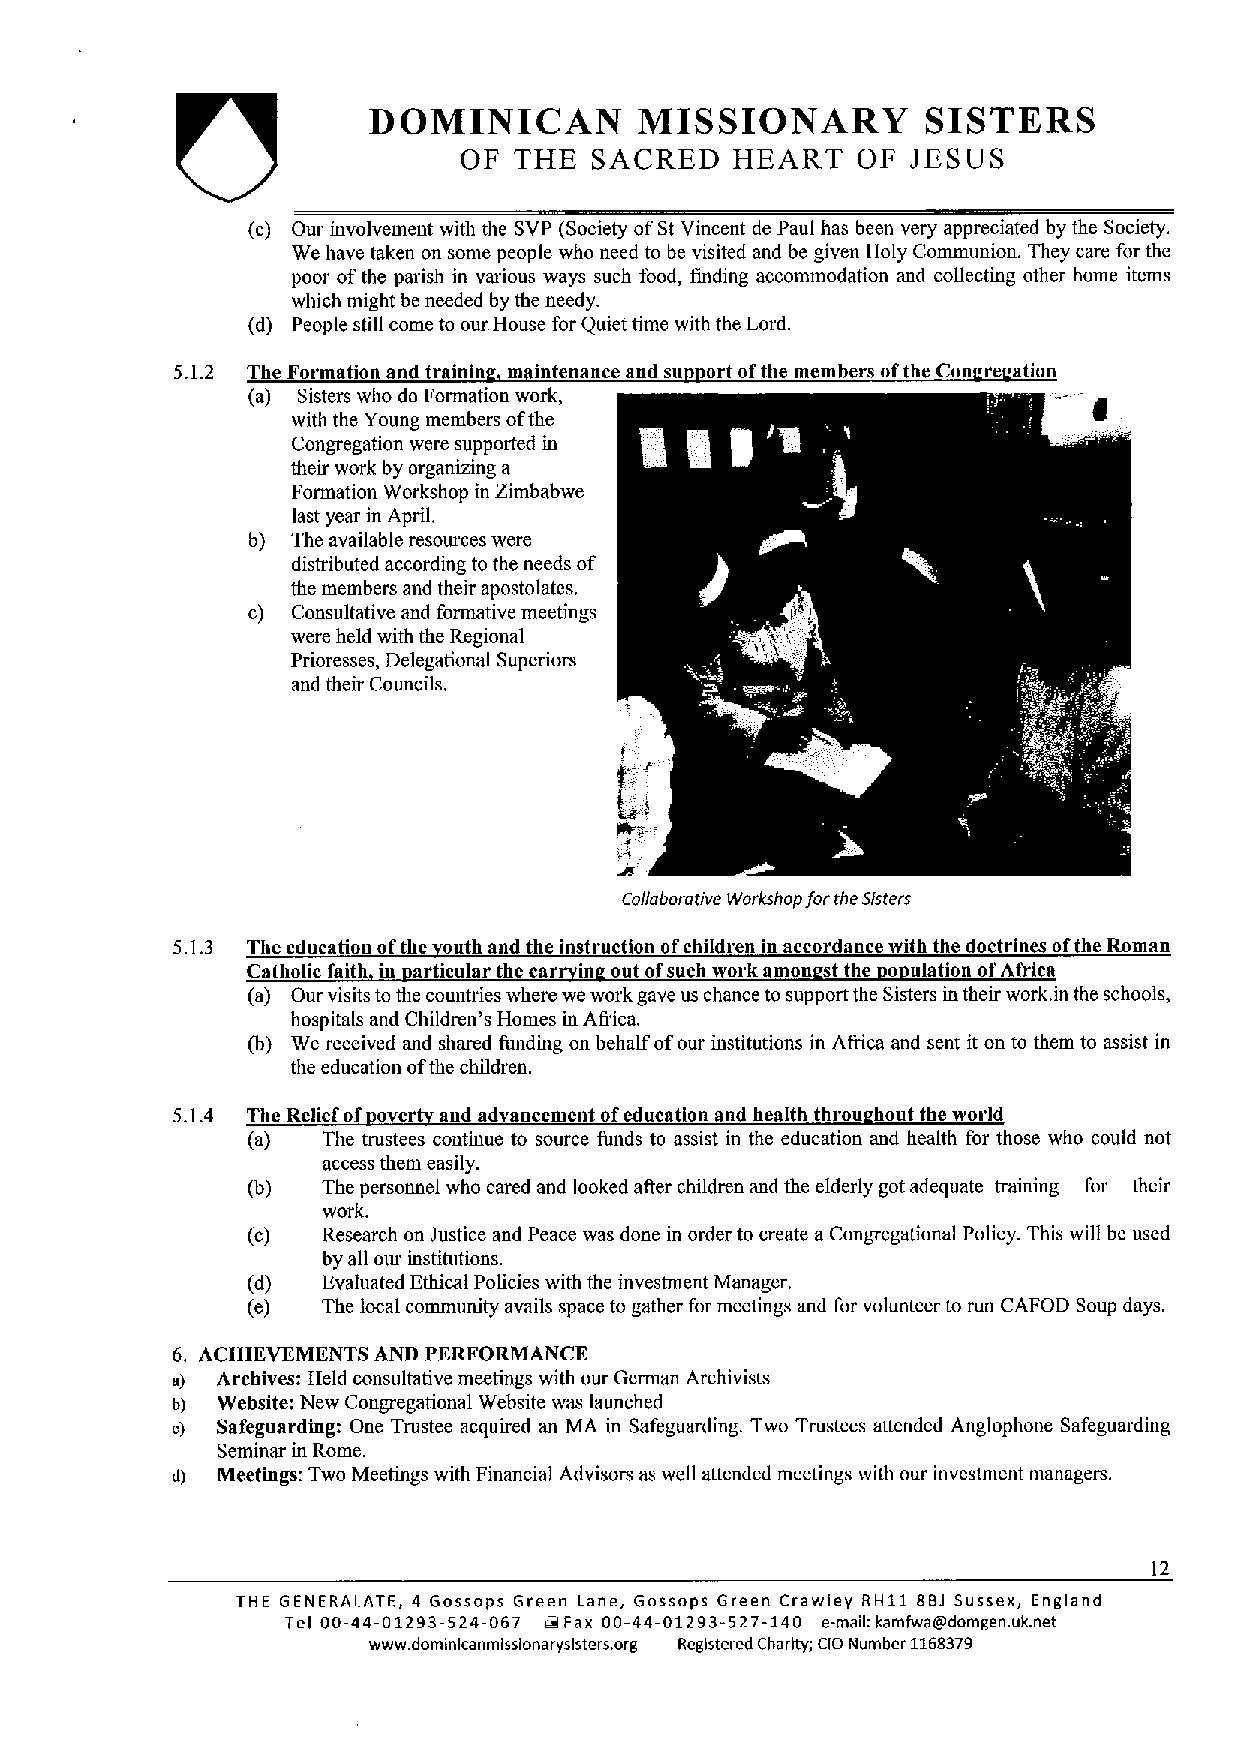
DOMINICAN         MISSIONARY         SISTERS
 OF  THE  SACRED    HEART   OF JESUS
 (c) Our involvement with the SVP (Society ofSt Vincent de Paul has been very appreciated by the Society.
 We have taken on some people who need to be visited and be given Holy Communion. They care for the
 poor ofthe parish in various ways such food, finding accommodation and co)lecting other home items
 which might be needed by the needy.
 (d) People still come to our House for Quiet time with the Lord.
 5.1.2 The Formation and trainin m intenance and su ort ofthe members ofthe Con re ation
 (a) Sisters who do Formation work,
 with the Young members ofthe
 Congregation were supported in
 their work by organizing a
 Formation Workshop in Zimbabwe
 last year in April.
 b) The available resources were
 distributed according to the needs of
 the members and their apostolates.
 c) Consultative and formative meetings
 were held with the Regional
 Prioresses, Delegational Superiors
 and their Councils.
 Collaborative Workshop forthe Sisters
 5.1.3 The education ofthe outh and the instruction ofchildren in accordance with the doctrines ofthe Roman
 Catholic faith in articular the car in out ofsuch work amon st the 0 ulation ofAfrica
 (a) Our visits to the countries where we work gave us chance tosupport the Sisters in their work.in the schools,
 hospitals and Children's Homes in Afidca.
 (b) We received and shared funding on behalf ofour institutions in Africa and sent it on to them to assist in
 the education ofthe children.
 5.1.4 The Relief of over and advancement ofeducation and health throu hout the world
 (a)  The trustees continue to source funds to assist in the education and health for those who could not
 access them easily.
 (b)  The personnel who cared and looked atter children and the elderly got adequate training for their
 work.
 (c)  Research on Justice and Peace was done in order to create a Congregational Policy. This will be used
 by all our institutions.
 (d)  Evaluated Ethical Policies with the investment Manager.
 (e)  The local community avails space to gather for meetings and for volunteer to run CAFOD Soup days.
 6. ACHIEVEMENTS AND PERFORMANCE
 a) Archives: Held consultative meetings with our German Archivists
 b) Website: New Congregational Website was launched
 a) Safeguarding: One Trustee acquired an MA in Safeguarding. Two Trustees attended Anglophone Safeguarding
 Seminar in Rome.
 d) Meetings: Two Meetings with Financial Advisors as well attended meetings with our investment managers.
 12
 THE GENERALATE, 4 Gossops Green Lane, Gossops Green Crawley RH11 SBJ Sussex, England
 Tel 00-44-01293-524-067 tg Fax 00-44-01293-527-140 e-mail:kamtwa@domgen. uk.net
 www.domlnlcanmlsslonaryslsters. org Registered Charity; CIO Number 1163379